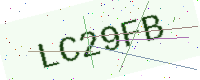
Text: LC29FB